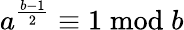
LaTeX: a^{\frac{b-1}{2}}\equiv 1{\bmod{b}}